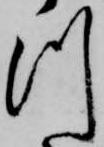
つ